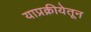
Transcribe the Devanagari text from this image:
याप्रक्रीयेतून